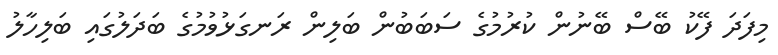
މިފަދަ ފޭކު ބޭސް ބޭނުން ކުރުމުގެ ސަބަބުން ބަލިން ރަނގަޅުވުމުގެ ބަދަލުގައި ބަލިހާލު